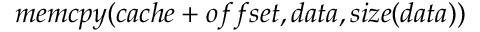
m e m c p y ( c a c h e + o f f s e t , d a t a , s i z e ( d a t a ) )